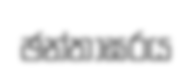
ඡන්තාඝරය